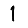
Digit: 1